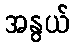
အနွယ်